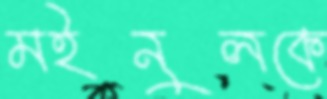
মইনুলকে